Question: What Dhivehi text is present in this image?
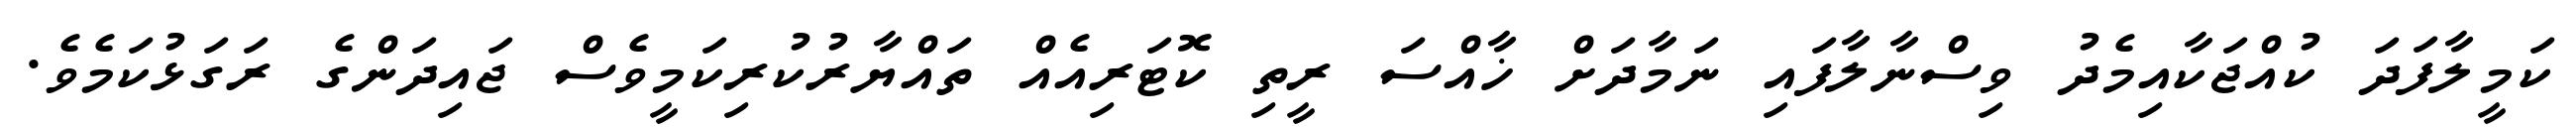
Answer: ކަމީލާފަދަ ކުއްޖަކާއިމެދު ވިސްނާލާފައި ނަމާދަށް ޚާއްސަ ރީތި ކޮޓަރިއެއް ތައްޔާރުކުރިކަމީވެސް ޖައިދަންގެ ރަގަޅުކަމެވެ.